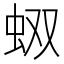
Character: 𧉐